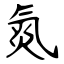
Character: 氮